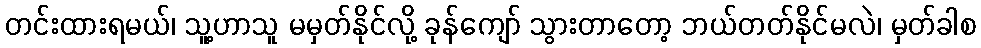
တင်းထားရမယ်၊ သူ့ဟာသူ မမှတ်နိုင်လို့ ခုန်ကျော် သွားတာတော့ ဘယ်တတ်နိုင်မလဲ၊ မှတ်ခါစ